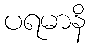
ပရမာနိ